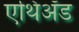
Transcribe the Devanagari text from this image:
एथिॲड